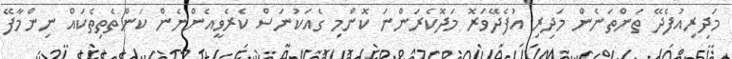
މަދިރިއުފެދޭ ތަންތަނެން މަދިރި އުފެދޭވަރޮ މަދޮކެރަންނަ ކޮންމި ގެއަކުނަސް ކެރެވީއެންނެން ކަންތެތިތެކައް ނިންމާފޭ